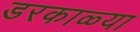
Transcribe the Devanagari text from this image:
डरकाळ्या